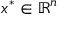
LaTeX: x ^ { * } \in \mathbb { R } ^ { n }